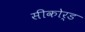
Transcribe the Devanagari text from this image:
सीकोर्ड